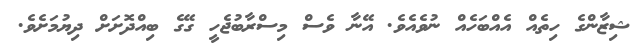
ޝިޒާންގެ ހިތެއް އެއްބަހެއް ނުވެއެވެ. އޭނާ ވެސް މިސްރާބުޖެހީ ގޭގެ ބިއްދޮށަށް ދިޔުމަށެވެ.